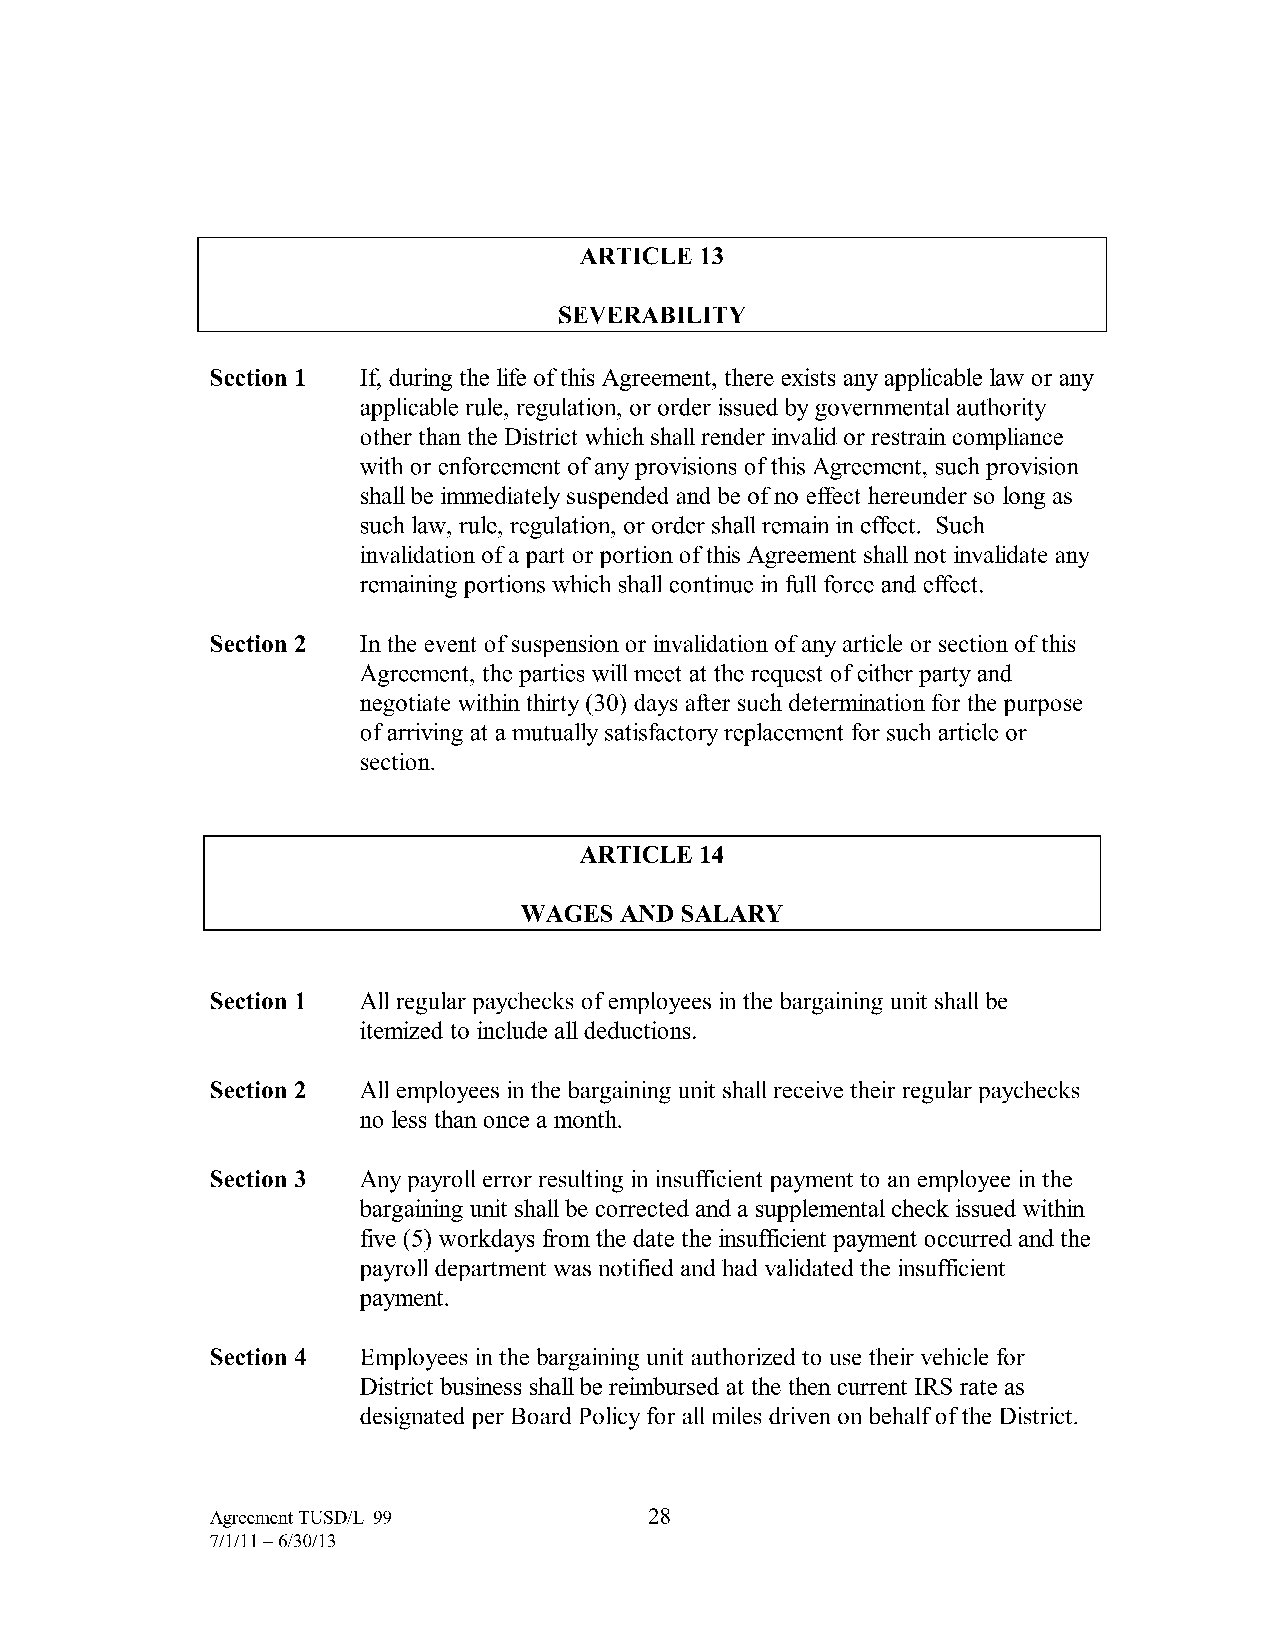
ARTICLE 13
 SEVERABILITY
 Section 1 If, during the life of this Agreement, there exists any applicable law or any
 applicable rule, regulation, or order issued by governmental authority
 other than the District which shall render invalid or restrain compliance
 with or enforcement of any provisions of this Agreement, such provision
 shall be immediately suspended and be of no effect hereunder so long as
 such law, rule, regulation, or order shall remain in effect. Such
 invalidation of a part or portion of this Agreement shall not invalidate any
 remaining portions which shall continue in full force and effect.
 Section 2 In the event of suspension or invalidation of any article or section of this
 Agreement, the parties will meet at the request of either party and
 negotiate within thirty (30) days after such determination for the purpose
 of arriving at a mutually satisfactory replacement for such article or
 section.
 ARTICLE 14
 WAGES  AND SALARY
 Section 1 All regular paychecks of employees in the bargaining unit shall be
 itemized to include all deductions.
 Section 2 All employees in the bargaining unit shall receive their regular paychecks
 no less than once a month.
 Section 3 Any payroll error resulting in insufficient payment to an employee in the
 bargaining unit shall be corrected and a supplemental check issued within
 five ( 5) workdays from the date the insufficient payment occurred and the
 payroll department was notified and had validated the insufficient
 payment.
 Section 4 Employees in the bargaining unit authorized to use their vehicle for
 District business shall be reimbursed at the then current IRS rate as
 designated per Board Policy for all miles driven on behalf of the District.
 Agreement TUSD/L-99          28
 7/1/11-6/30/13